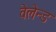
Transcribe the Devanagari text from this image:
वेलेन्ड